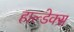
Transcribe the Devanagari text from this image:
हाल्डेक्स